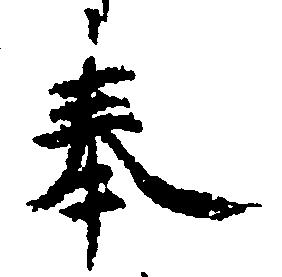
奉